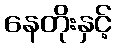
နေတိုးနှင့်